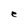
Character: e